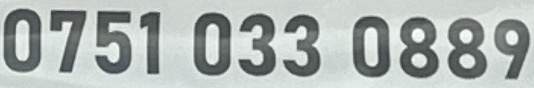
0751 033 0889